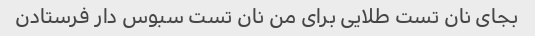
بجای نان تست طلایی برای من نان تست سبوس دار فرستادن